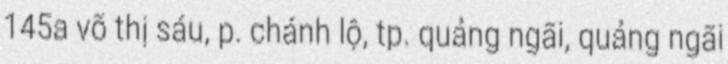
145a võ thị sáu, p. chánh lộ, tp. quảng ngãi, quảng ngãi